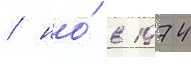
/ но́ в 1974